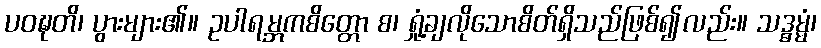
ပဝဍ္ဎတိ၊ ပွားများ၏။ ဥပါရမ္ဘကစိတ္တော စ၊ ရှုံ့ချလိုသောစိတ်ရှိသည်ဖြစ်၍လည်း။ သဒ္ဓမ္မံ၊